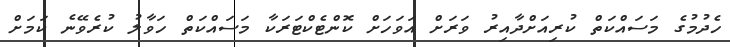
ހެދުމުގެ މަސައްކަތް ކުރިއަށްދާއިރު ވަރަށް އަވަހަށް ކޮންޓެކްޓަރަކާ މަސައްކަތް ހަވާލު ކުރެވޭނެ ކަމަށް